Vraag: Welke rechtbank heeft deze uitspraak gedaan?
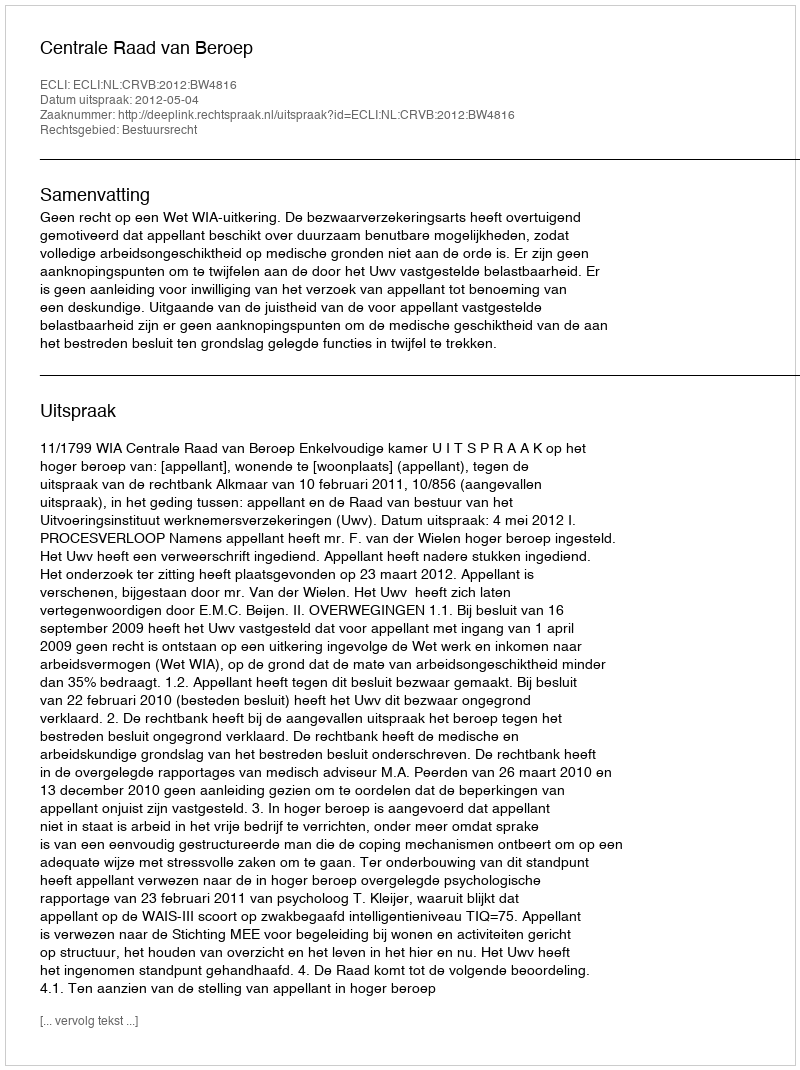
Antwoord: Centrale Raad van Beroep